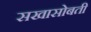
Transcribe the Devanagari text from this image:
सखासोबती